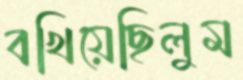
বখিয়েছিলুম